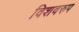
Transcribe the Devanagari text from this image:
विशवरुप